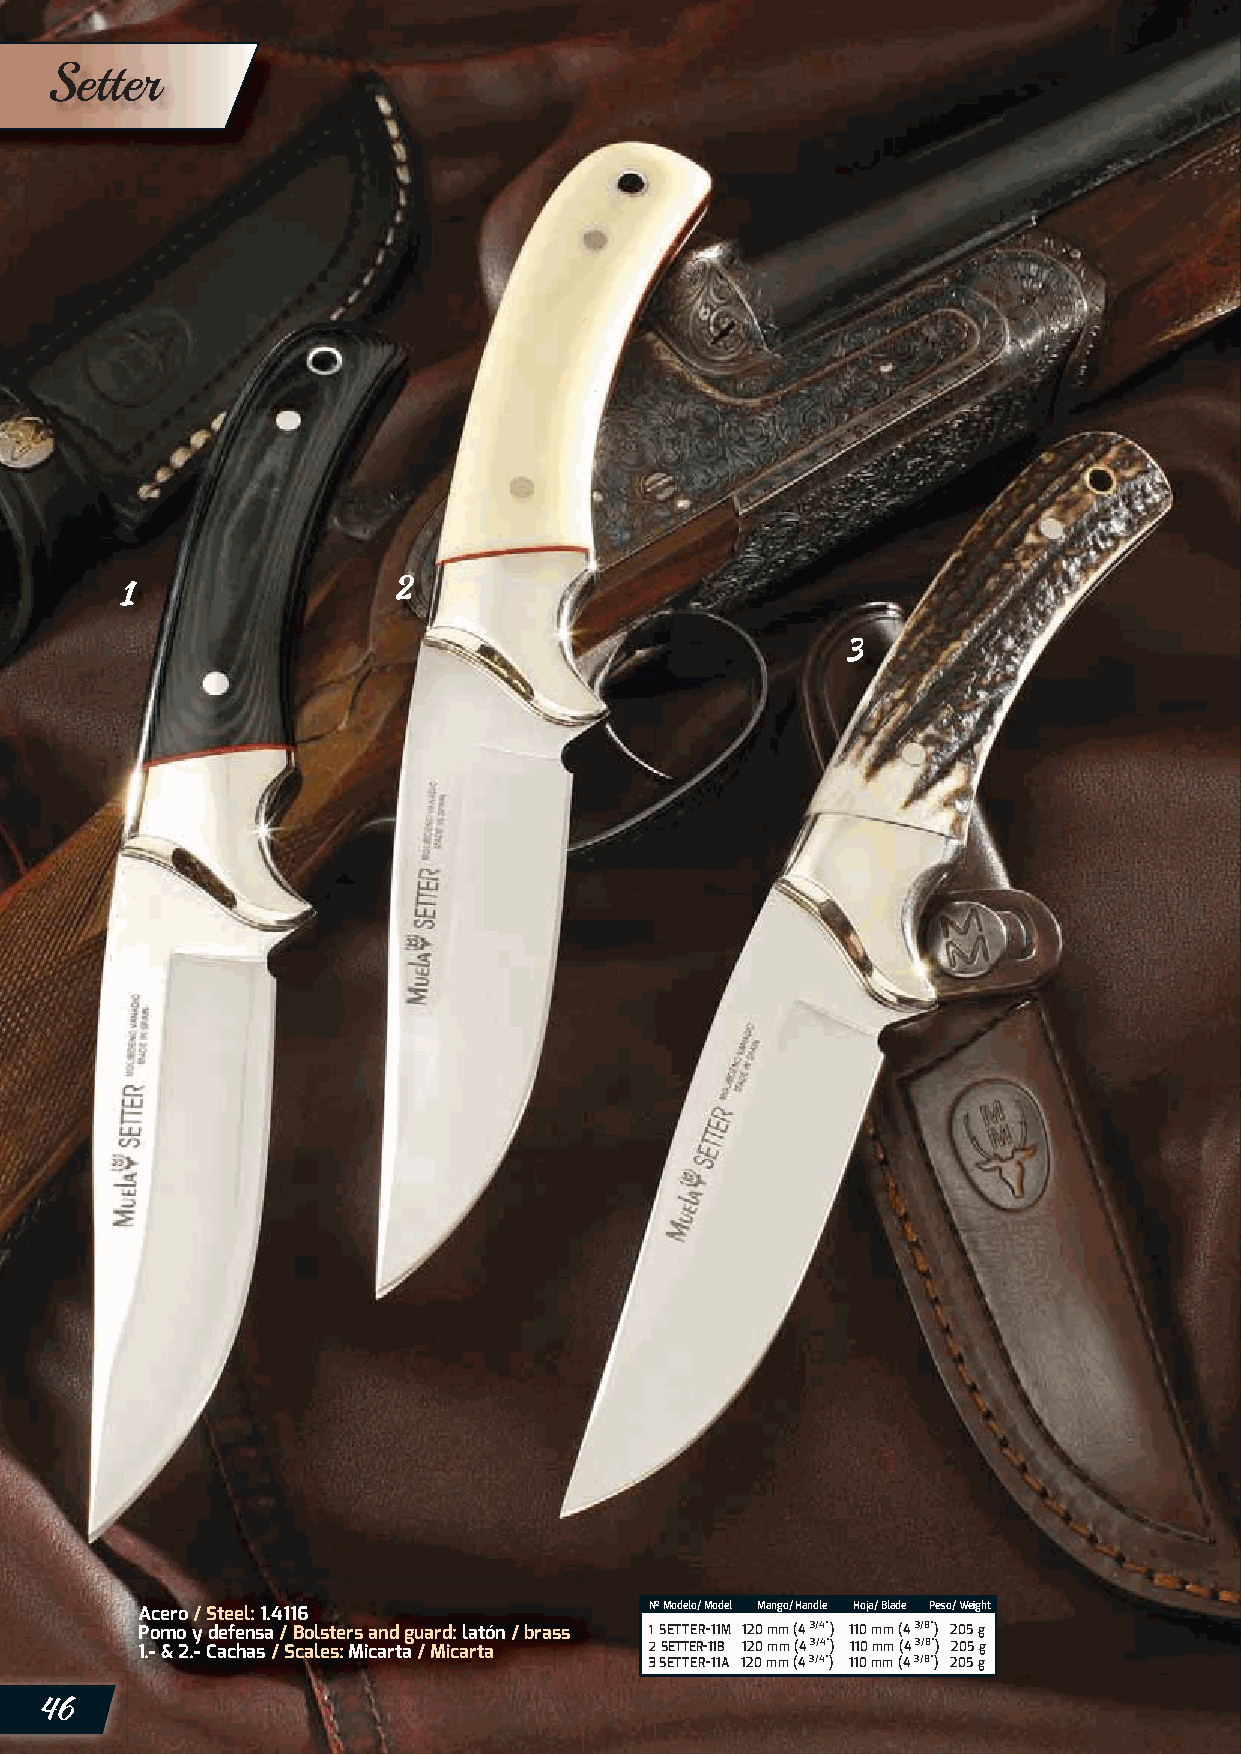
Setter
 Acero / Steel: 1.4116             Nº Modelo/ Model Mango/ Handle Hoja/ Blade Peso/ Weight
 Pomo y defensa / Bolsters and guard: latón / brass 1 SETTER-11M 120 mm (4 3/4”) 110 mm (4 3/8”) 205 g
 1.- & 2.- Cachas / Scales: Micarta / Micarta 2 SETTER-11B 120 mm (4 3/4”) 110 mm (4 3/8”) 205 g
 3 SETTER-11A 120 mm (4 3/4”) 110 mm (4 3/8”) 205 g
 46